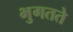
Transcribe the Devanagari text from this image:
भुगतते